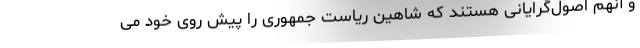
و آنهم اصول‌گرایانی هستند که شاهین ریاست جمهوری را پیش روی خود می